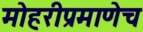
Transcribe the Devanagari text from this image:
मोहरीप्रमाणेच